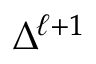
\Delta ^ { \ell + 1 }